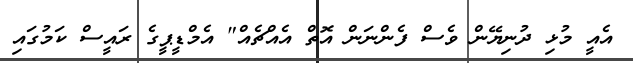
އެއީ މުޅި ދުނިޔޭން ވެސް ފެންނަން އޮތް އެއްޗެއް" އެމްޑީޕީގެ ރައީސް ކަމުގައި